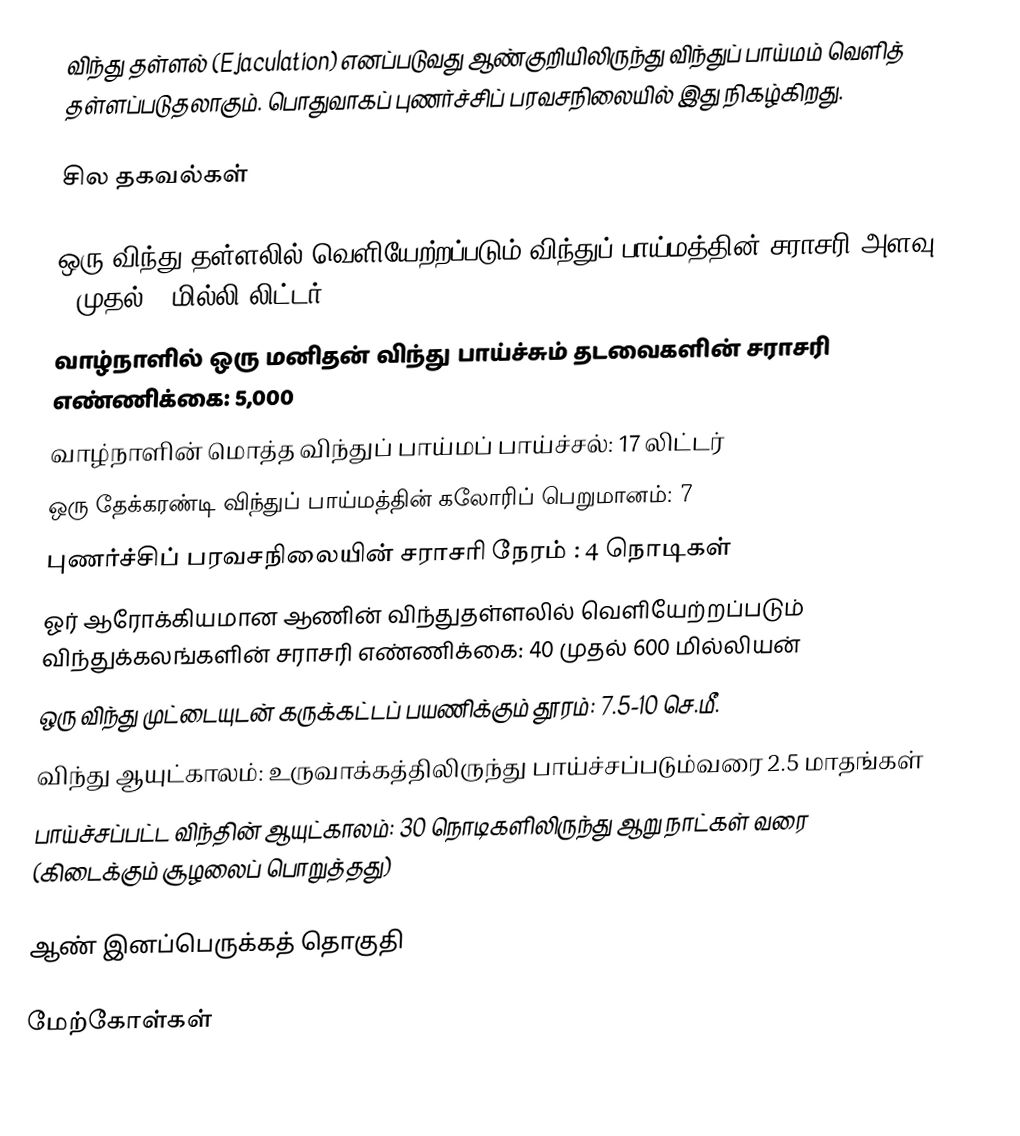
விந்து தள்ளல் (Ejaculation) எனப்படுவது ஆண்குறியிலிருந்து விந்துப் பாய்மம் வெளித் தள்ளப்படுதலாகும். பொதுவாகப் புணர்ச்சிப் பரவசநிலையில் இது நிகழ்கிறது.

சில தகவல்கள்

 ஒரு விந்து தள்ளலில் வெளியேற்றப்படும் விந்துப் பாய்மத்தின் சராசரி அளவு: 2 முதல் 6 மில்லி லிட்டர்
 வாழ்நாளில் ஒரு மனிதன் விந்து பாய்ச்சும் தடவைகளின் சராசரி எண்ணிக்கை: 5,000
 வாழ்நாளின் மொத்த விந்துப் பாய்மப் பாய்ச்சல்: 17 லிட்டர்
 ஒரு தேக்கரண்டி விந்துப் பாய்மத்தின் கலோரிப் பெறுமானம்: 7
 புணர்ச்சிப் பரவசநிலையின் சராசரி நேரம் : 4 நொடிகள்
 ஓர் ஆரோக்கியமான ஆணின் விந்துதள்ளலில் வெளியேற்றப்படும் விந்துக்கலங்களின் சராசரி எண்ணிக்கை: 40 முதல் 600 மில்லியன்
 ஒரு விந்து முட்டையுடன் கருக்கட்டப் பயணிக்கும் தூரம்: 7.5-10 செ.மீ.
 விந்து ஆயுட்காலம்: உருவாக்கத்திலிருந்து பாய்ச்சப்படும்வரை 2.5 மாதங்கள்
 பாய்ச்சப்பட்ட விந்தின் ஆயுட்காலம்: 30 நொடிகளிலிருந்து ஆறு நாட்கள் வரை (கிடைக்கும் சூழலைப் பொறுத்தது)

ஆண் இனப்பெருக்கத் தொகுதி

மேற்கோள்கள்